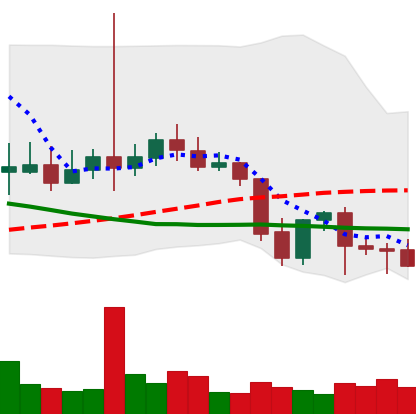
Ticker: LTC-USD
Chart end date: 2021-09-27
Forward return: 16.449%
Label: up_7plus